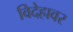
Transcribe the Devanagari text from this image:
विदेहावर